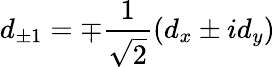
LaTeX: d_{\pm 1}=\mp\frac{1}{\sqrt{2}}(d_{x}\pm id_{y})